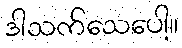
ဒါသက်သေပေါ့။